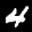
Label: 4